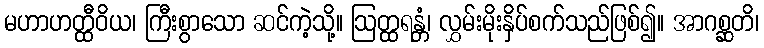
မဟာဟတ္ထီဝိယ၊ ကြီးစွာသော ဆင်ကဲ့သို့။ ဩတ္ထရန္တံ၊ လွှမ်းမိုးနှိပ်စက်သည်ဖြစ်၍။ အာဂစ္ဆတိ၊